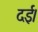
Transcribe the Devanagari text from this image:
दई।